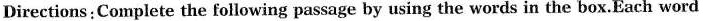
Directions:Complete the following passage by using the words in the box.Each word